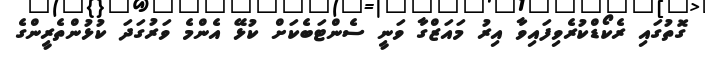
ގޮތުގައި ރެކޯޑްކުރެވިފައިވާ އިރު މައަޒްގާ ވަނީ ސެންޓަބެކަށް ކުޅޭ އެންމެ ވަރުގަދަ ކުޅުންތެރީންގެ